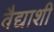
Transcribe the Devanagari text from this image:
वैद्याशी